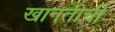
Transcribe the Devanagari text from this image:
खानतीची